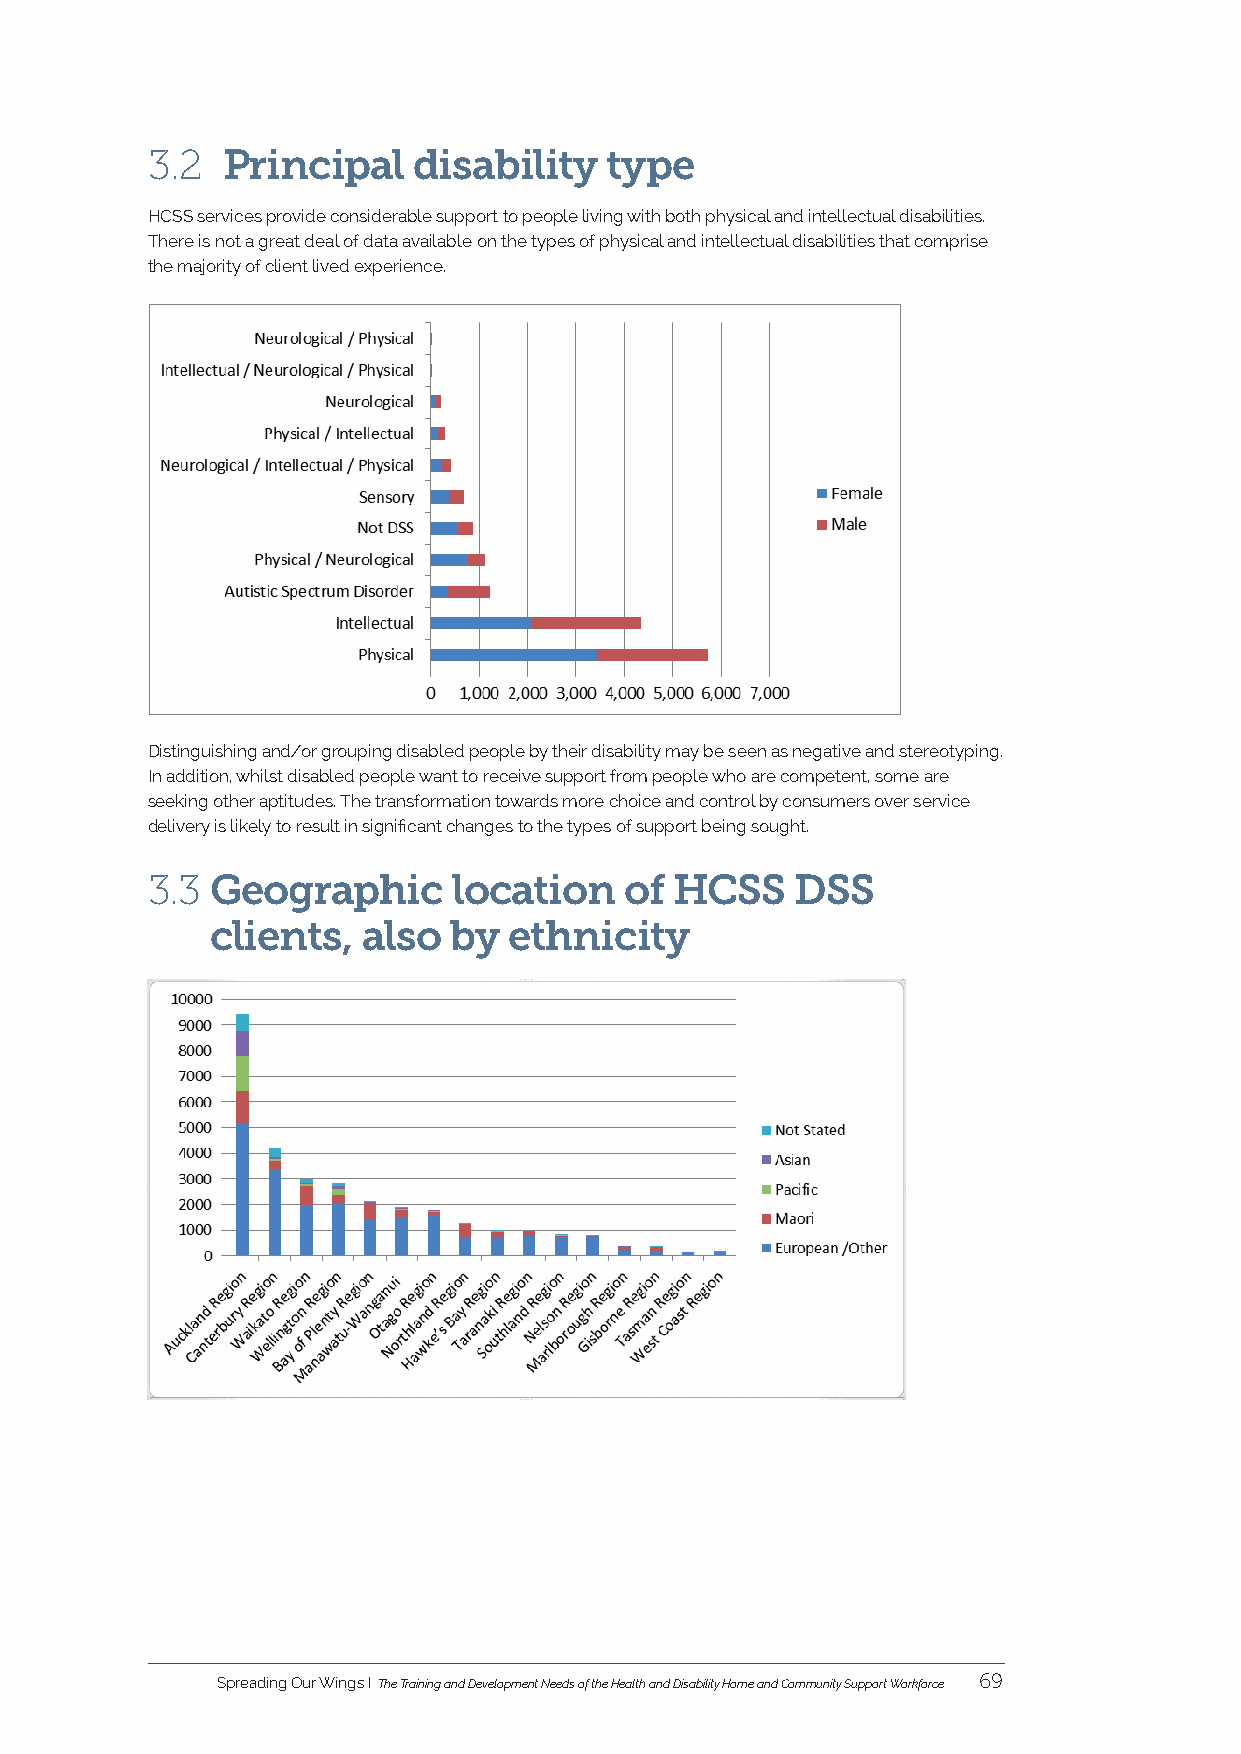
3.2  Principal   disability   type
 HCSS services provide considerable support to people living with both physical and intellectual disabilities.
 There is not a great deal of data available on the types of physical and intellectual disabilities that comprise
 the majority of client lived experience.
 Distinguishing and/or grouping disabled people by their disability may be seen as negative and stereotyping.
 In addition, whilst disabled people want to receive support from people who are competent, some are
 seeking other aptitudes. The transformation towards more choice and control by consumers over service
 delivery is likely to result in significant changes to the types of support being sought.
 3.3 Geographic      location   of  HCSS    DSS
 clients,  also  by  ethnicity
 Spreading Our Wings I The Training and Development Needs of the Health and Disability Home and Community Support Workforce 69